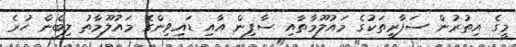
މީގެ އިތުރުން ސަފާރީތަކުގެ މައުލޫމާތާއި ސާފިން އާއި ޑައިވިންގެ މައުލޫމާތު ލިބެން ހުރެ